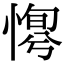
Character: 𢞛